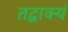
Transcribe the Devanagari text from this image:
तद्वाक्यं